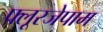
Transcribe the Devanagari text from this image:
फ्लूरजेपाम